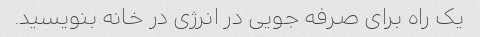
یک راه برای صرفه جویی در انرژی در خانه بنویسید.